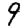
Digit: 9